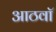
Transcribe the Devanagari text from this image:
आठवाॅ